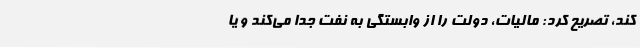
کند، تصریح کرد: مالیات، دولت را از وابستگی به نفت جدا می‌کند و یا